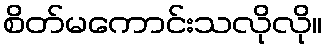
စိတ်မကောင်းသလိုလို။